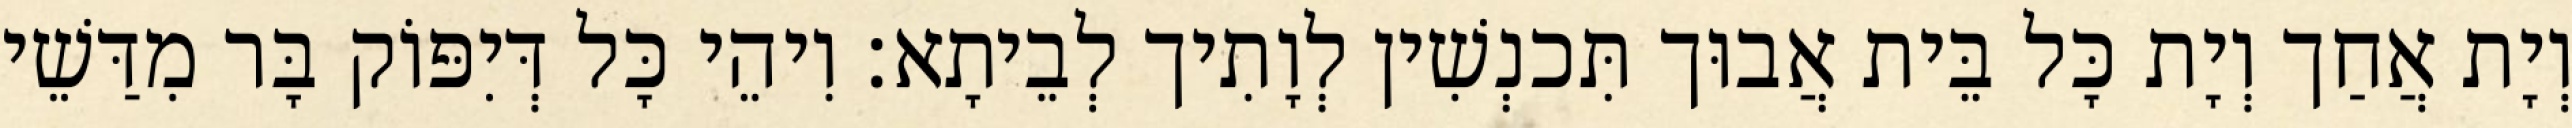
וְיָת אֲחַך וְיָת כָּל בֵּית אֲבוּך תִּכנְשִׁין לְוָתִיך לְבֵיתָא׃ וִיהֵי כָּל דְּיִפּוֹק בָּר מִדַּשֵׁי